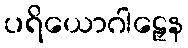
ပရိယောဂါဠှေန